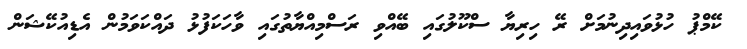
ކޭމްޕު ހުޅުވައިދިނުމަށް ރޭ ހިރިޔާ ސްކޫލުގައި ބޭއްވި ރަސްމިއްޔާތުގައި ވާހަކަފުޅު ދައްކަވަމުން އެޑިއުކޭޝަން